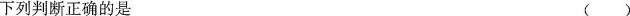
下列判断正确的是 ()